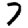
Digit: 7